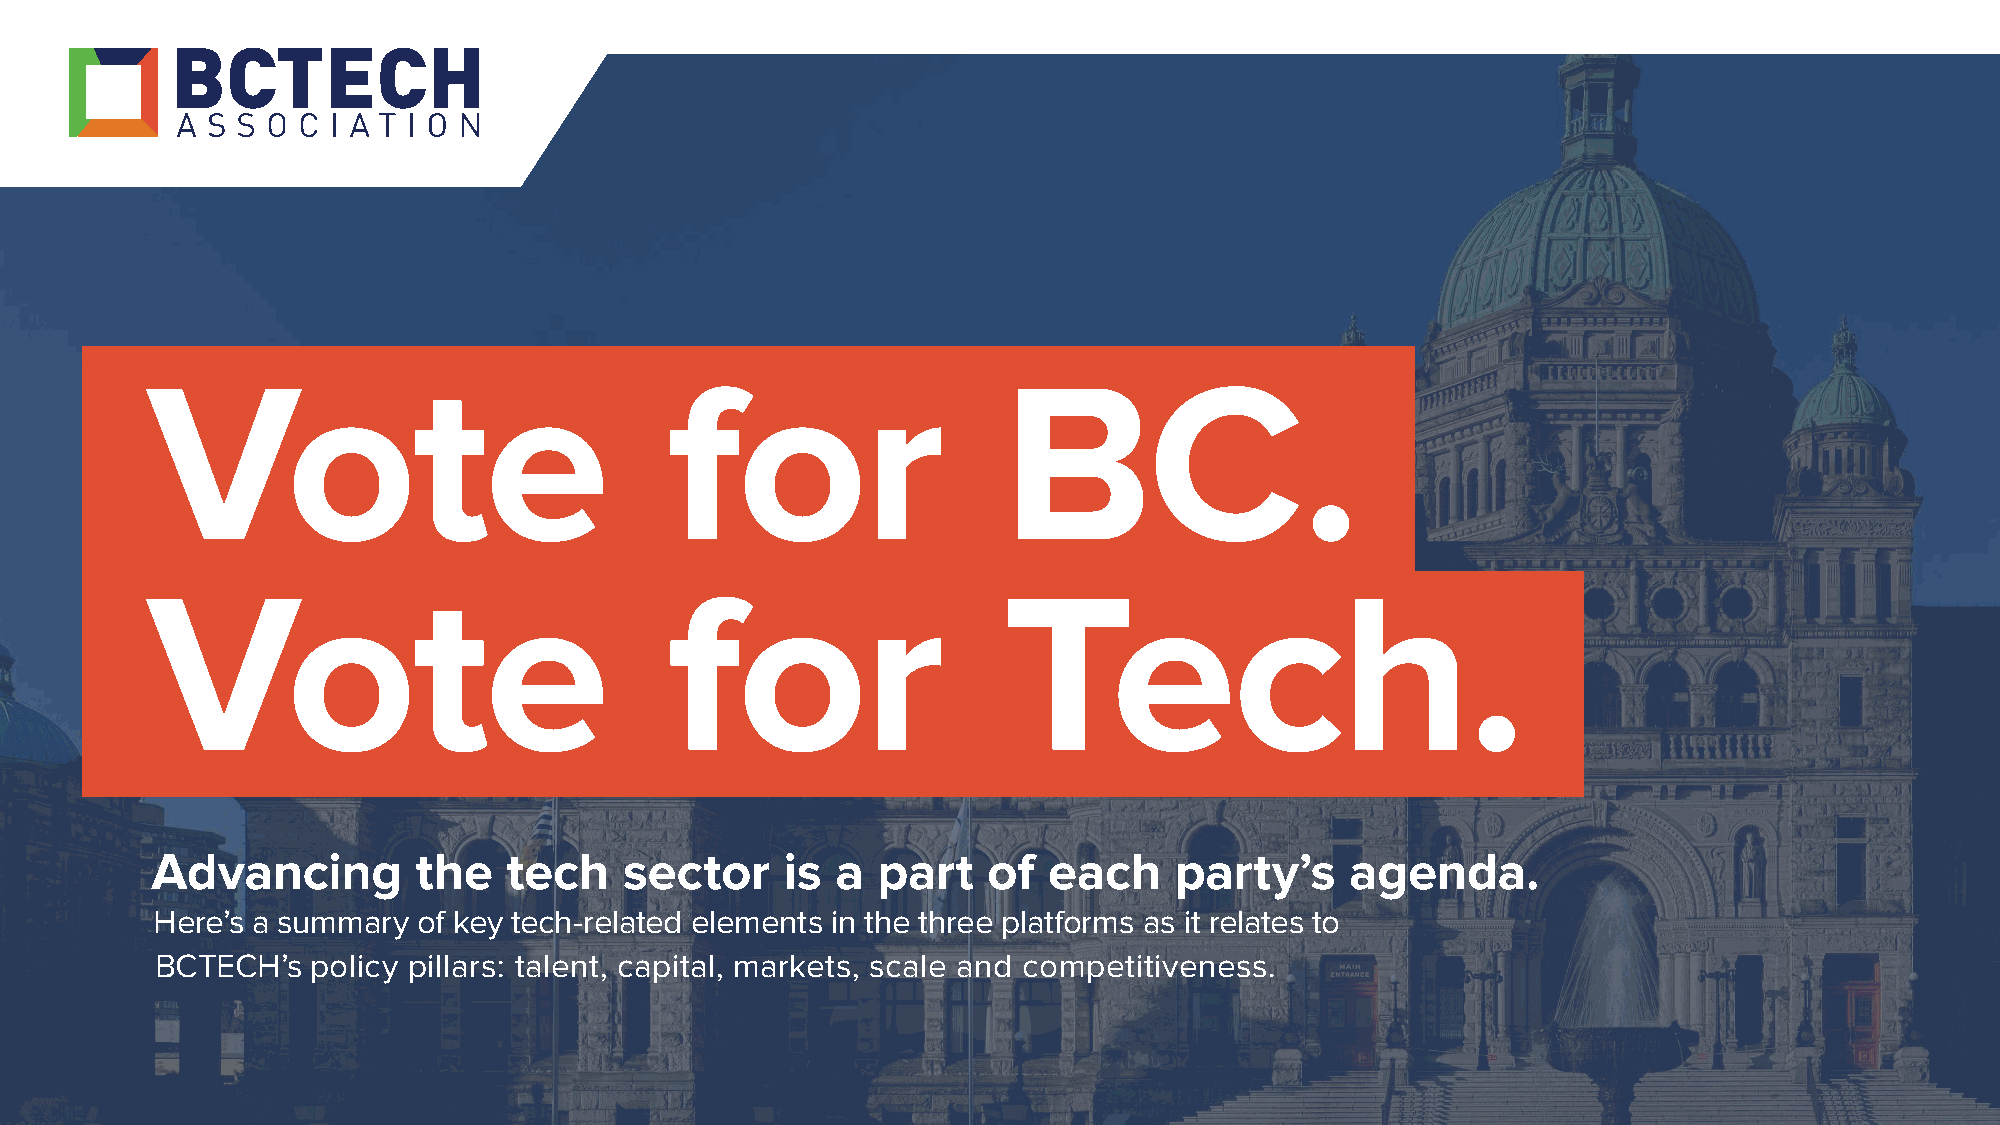
Vote                              for                   BC.
 Vote                              for                   Tech.
 Advancing         the   tech   sector     is a  part   of  each     party’s    agenda.
 Here’s a summary  of key tech-related elements in the three platforms as it relates to
 BCTECH’s   policy pillars: talent, capital, markets, scale and competitiveness.